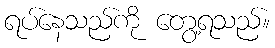
ရပ်နေသည်ကို တွေ့ရသည်။